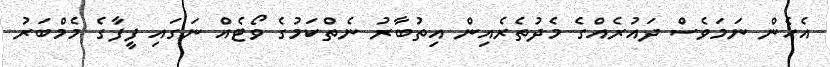
އެހެން ނަމަވެސް ދައުރެއްގެ މެދުތެރެއިން އިތުބާރު ނެތްކަމުގެ ވޯޓެއް ނަގައި ފީފާގެ މެމްބަރު